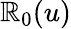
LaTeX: \mathbb{R}_{0}(u)